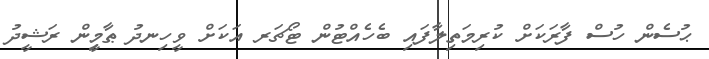
ޙުސެން ހުސް ފާރަކަށް ކުރިމަތިލާފައި ބެހެއްޓުން ޓޯޗަރ އަކަށް ވީހިނދު ޠާމިީން ރަޝީދު